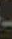
-